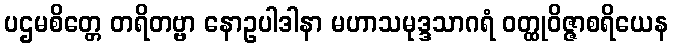
ပဌမစိတ္တေ တရိတဗ္ဗာ နောဥပါဒါနာ မဟာသမုဒ္ဒသာဂရံ ဝတ္ထုဝိဇ္ဇာစရိယေန